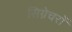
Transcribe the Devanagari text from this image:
सिग्नेचरों